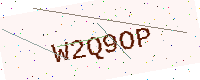
Text: W2Q9OP